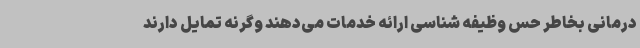
درمانی بخاطر حس وظیفه شناسی ارائه خدمات می‌دهند وگرنه تمایل دارند